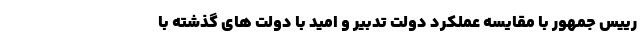
رییس جمهور با مقایسه عملکرد دولت تدبیر و امید با دولت های گذشته با